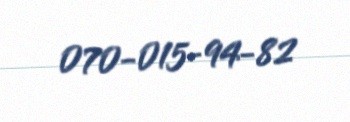
070-015-94-82